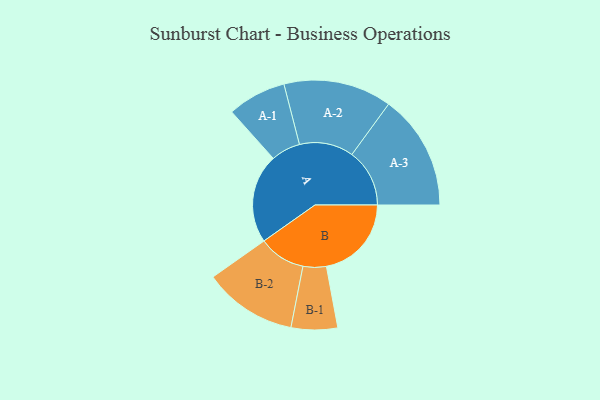
{"axis": {"x": "Segment", "y": "Value"}, "legend": ["", "A", "B"], "data": [{"x": "A", "y": 450, "type": ""}, {"x": "B", "y": 429, "type": ""}, {"x": "A-1", "y": 148, "type": "A"}, {"x": "A-2", "y": 273, "type": "A"}, {"x": "A-3", "y": 291, "type": "A"}, {"x": "B-1", "y": 117, "type": "B"}, {"x": "B-2", "y": 236, "type": "B"}]}